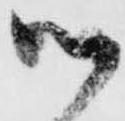
御